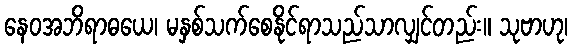
နေဝအဘိရာဓယေ၊ မနှစ်သက်စေနိုင်ရာသည်သာလျှင်တည်း။ သုဗာဟု၊